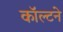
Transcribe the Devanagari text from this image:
कॉल्टने